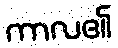
ကာလ၏